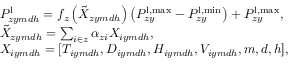
\begin{array} { r l } & { P _ { z y m d h } ^ { \mathrm { l } } = f _ { z } \left( \Tilde { X } _ { z y m d h } \right) \left( P _ { z y } ^ { \mathrm { l } , \operatorname* { m a x } } - P _ { z y } ^ { \mathrm { l } , \operatorname* { m i n } } \right) + P _ { z y } ^ { \mathrm { l } , \operatorname* { m a x } } , } \\ & { \Tilde { X } _ { z y m d h } = \sum _ { i \in z } \alpha _ { z i } { X } _ { i y m d h } , } \\ & { { X } _ { i y m d h } = [ { T } _ { i y m d h } , D _ { i y m d h } , H _ { i y m d h } , V _ { i y m d h } , m , d , h ] , } \end{array}